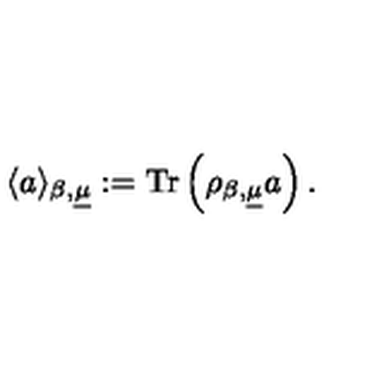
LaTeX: \langle a \rangle _ { \beta , \underline { { \mu } } } : = \mathrm { T r } \left( \rho _ { \beta , \underline { { \mu } } } a \right) .